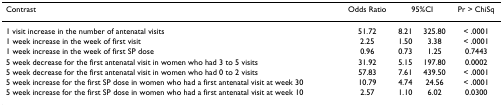
| Contrast | Odds Ratio | <COLSPAN=2> 95%CI | Pr > ChiSq |
 | --- | --- | --- | --- | --- |
 | 1 visit increase in the number of antenatal visits | 51.72 | 8.21 | 325.80 | < .0001 |
 | 1 week increase in the week of first visit | 2.25 | 1.50 | 3.38 | < .0001 |
 | 1 week increase in the week of first SP dose | 0.96 | 0.73 | 1.25 | 0.7443 |
 | 5 week decrease for the first antenatal visit in women who had 3 to 5 visits | 31.92 | 5.15 | 197.80 | 0.0002 |
 | 5 week decrease for the first antenatal visit in women who had 0 to 2 visits | 57.83 | 7.61 | 439.50 | < .0001 |
 | 5 week increase for the first SP dose in women who had a first antenatal visit at week 30 | 10.79 | 4.74 | 24.56 | < .0001 |
 | 5 week increase for the first SP dose in women who had a first antenatal visit at week 10 | 2.57 | 1.10 | 6.02 | 0.0300 |